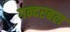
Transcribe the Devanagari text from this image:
गन्दरबल